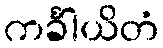
ကင်္ခါယိတံ